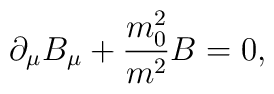
\partial _\mu B_\mu +\frac{m_0^2}{m^2}B=0,